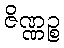
ဇိဏ္ဏဉ္စ